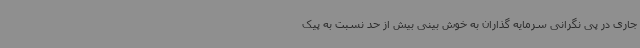
جاری در پی نگرانی سرمایه گذاران به خوش بینی بیش از حد نسبت به پیک